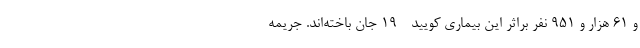
و ۶۱ هزار و ۹۵۱ نفر براثر این بیماری کویید - ۱۹ جان باخته‌اند. جریمه